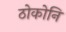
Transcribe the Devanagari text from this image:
ठोकोनि